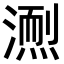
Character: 𪷌